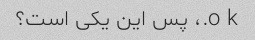
o k.، پس این یکی است؟